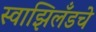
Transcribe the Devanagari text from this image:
स्वाझिलँडचे